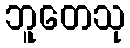
ဘူတေသု